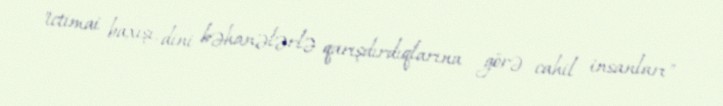
"ictimai baxışı, dini bəhanələrlə qarışdırdıqlarına görə cahil insanları"